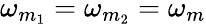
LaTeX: \omega_{m_{1}}=\omega_{m_{2}}=\omega_{m}